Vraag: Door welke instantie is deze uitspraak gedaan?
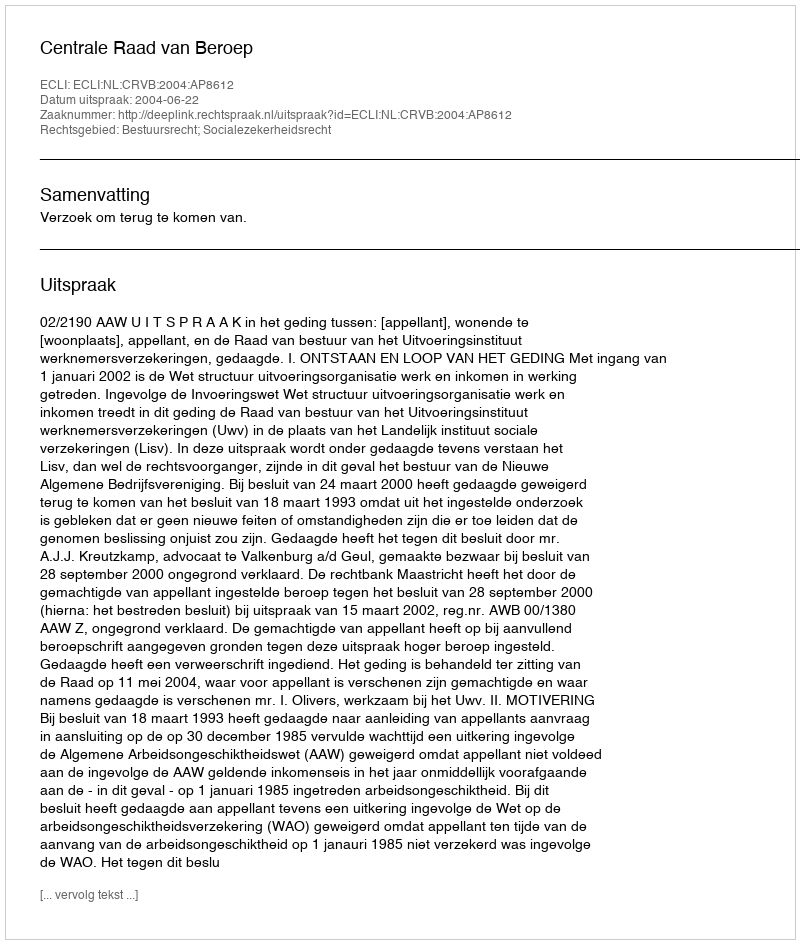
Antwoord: Centrale Raad van Beroep